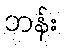
ဘန်း